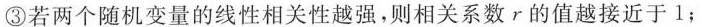
③若两个随机变量的线性相关性越强，则相关系数r的值越接近于1；